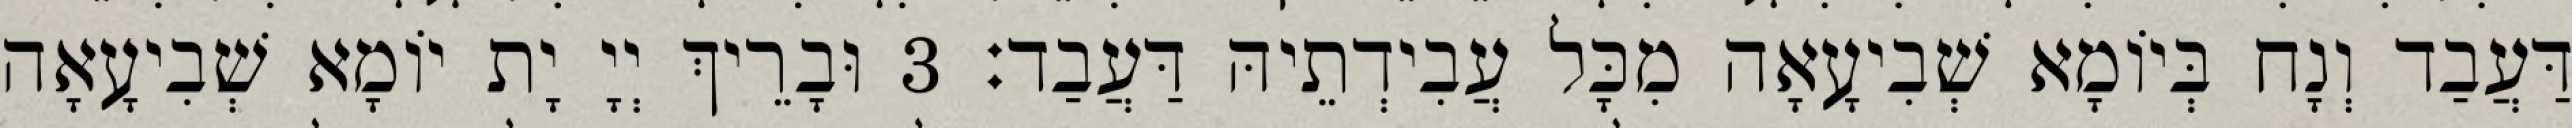
דַּעֲבַד וְנָח בְּיוֹמָא שְׁבִיעָאָה מִכָּל עֲבִידְתֵיהּ דַּעֲבַד׃ 3 וּבָרֵיךְ יְיָ יָת יוֹמָא שְׁבִיעָאָה